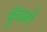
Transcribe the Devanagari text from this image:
फुँदनों